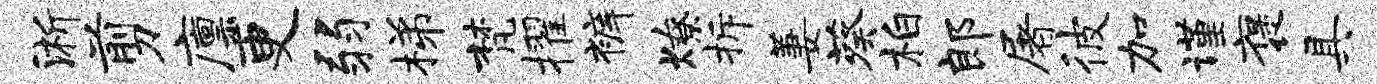
淅剪廪更弱梯梵擢裤燎拆萋葵柏郎屠彼加谨褒具